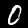
Digit: 0